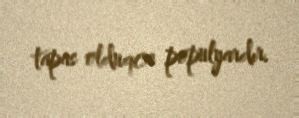
tapas olduqca populyardır.